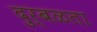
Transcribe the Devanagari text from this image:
दुर्बळता